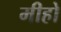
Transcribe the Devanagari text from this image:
मीहो